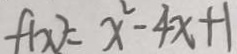
f ( x ) = x ^ { 2 } - 4 x + 1